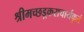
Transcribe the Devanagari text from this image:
श्रीमच्छड़्कराचार्यकृतं